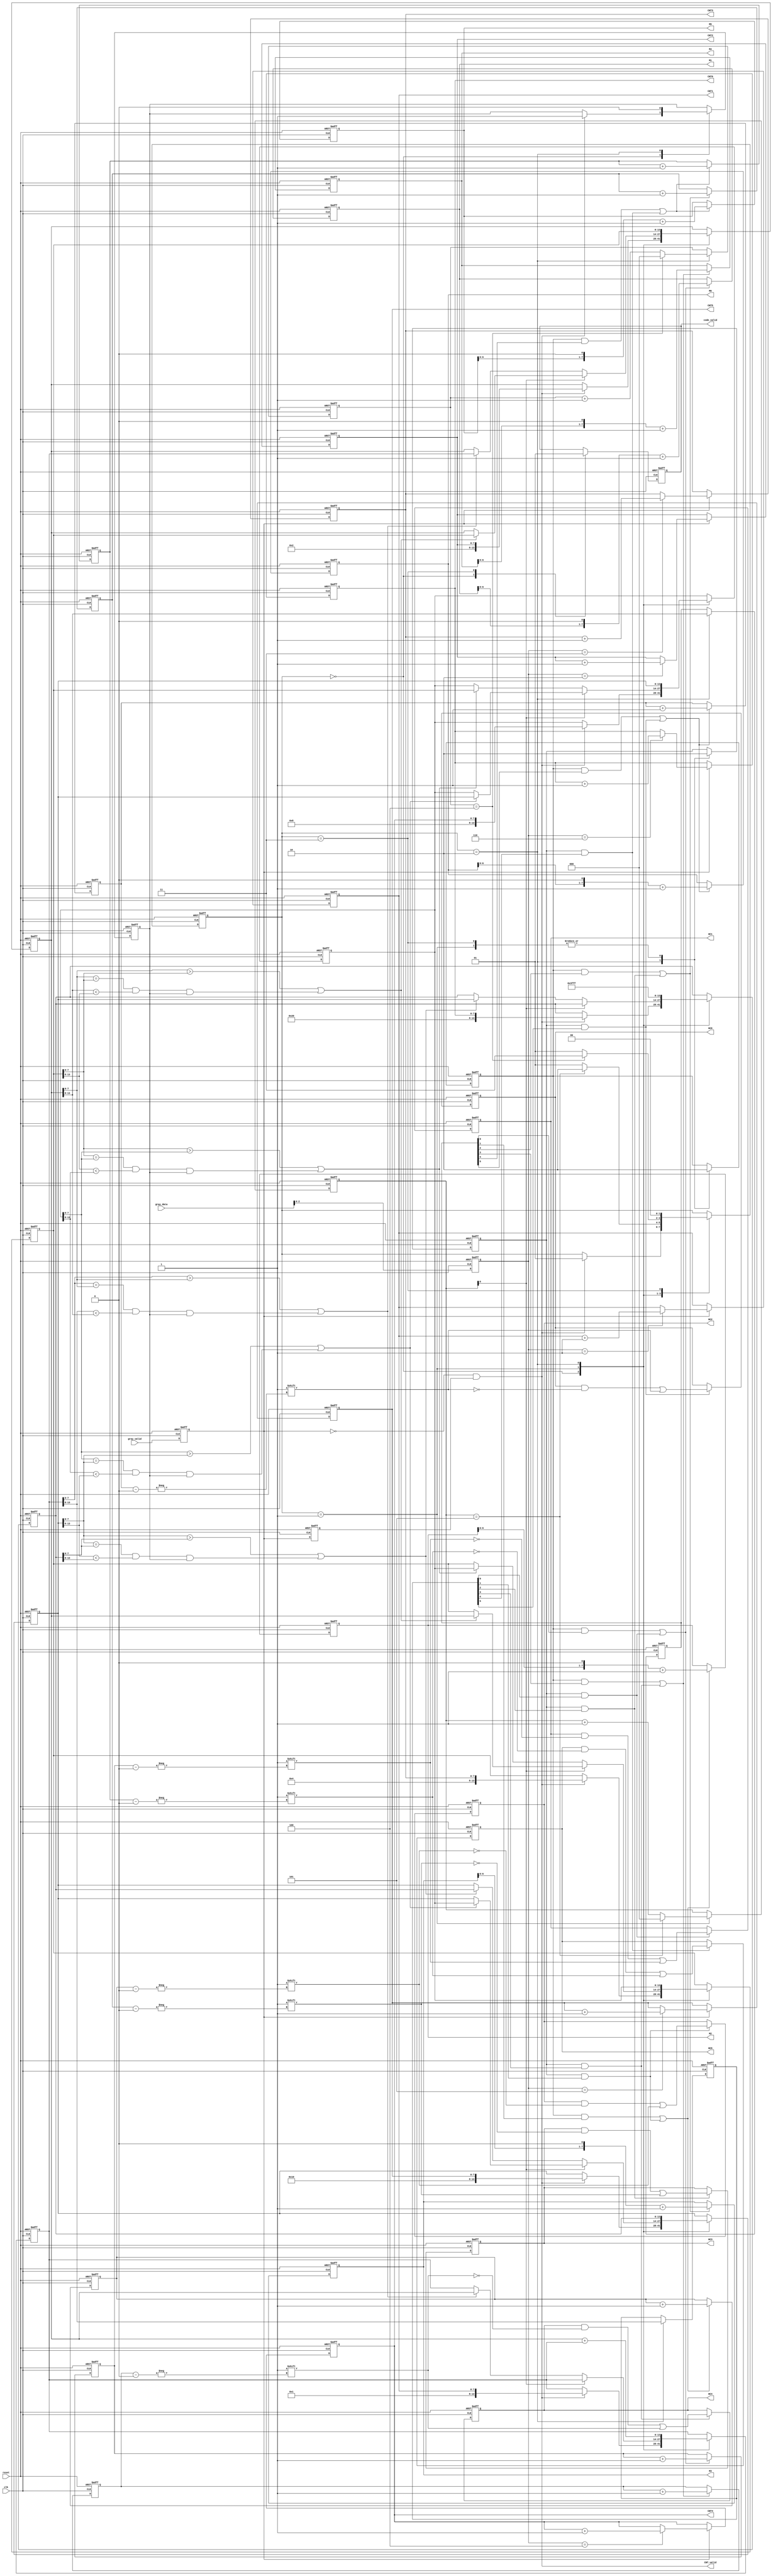
module huffman(clk, reset, gray_valid, gray_data , CNT_valid, CNT1, CNT2, CNT3, CNT4, CNT5, CNT6, code_valid, HC1, HC2, HC3, HC4, HC5, HC6 , M1, M2, M3, M4, M5, M6);

input clk;
input reset;
input gray_valid;
input [7:0] gray_data;
output CNT_valid;
output reg [7:0] CNT1, CNT2, CNT3, CNT4, CNT5, CNT6;
output reg code_valid;
output reg [7:0] HC1, HC2, HC3, HC4, HC5, HC6; 	// display A1~A6 huffman code
output reg [7:0] M1, M2, M3, M4, M5, M6; 		// only present how many valid bit for A1~A6

reg gray_valid_1T, gray_valid_2T;
reg [7:0] gray_data_1T;
reg [13:0] CNT1_temp, CNT2_temp, CNT3_temp, CNT4_temp, CNT5_temp, CNT6_temp;
reg [2:0] sort_con;

assign CNT_valid = ~gray_valid_1T & gray_valid_2T;

reg [2:0] comb_con;
reg first_sort;
reg hf_add_0_valid;
reg hf_add_1_valid;
reg [6:1] hf_add_0_data;
reg [6:1] hf_add_1_data;

reg [7:0] M1_sel;
reg [7:0] M2_sel;
reg [7:0] M3_sel;
reg [7:0] M4_sel;
reg [7:0] M5_sel;
reg [7:0] M6_sel;

reg [1:0] huffman_state;

always@(posedge clk, posedge reset)begin
	if(reset)begin
		gray_valid_1T <= 0;
		gray_valid_2T <= 0;
		gray_data_1T  <= 0;
	end else begin
		gray_valid_1T <= gray_valid;
		gray_valid_2T <= gray_valid_1T;
		gray_data_1T  <= gray_data;
	end
end

always@(posedge clk, posedge reset)begin
	if(reset)begin
		CNT1 <= 0;
		CNT2 <= 0;
		CNT3 <= 0;
		CNT4 <= 0;
		CNT5 <= 0;
		CNT6 <= 0;
	end else begin
		if(gray_valid_1T)begin
			case(gray_data_1T[2:0])
				3'd1: CNT1 <= CNT1 + 1;
				3'd2: CNT2 <= CNT2 + 1;
				3'd3: CNT3 <= CNT3 + 1;
				3'd4: CNT4 <= CNT4 + 1;
				3'd5: CNT5 <= CNT5 + 1;
				3'd6: CNT6 <= CNT6 + 1;
			endcase
		end
	end
end


always@(posedge clk, posedge reset)begin
	if(reset)begin
		CNT1_temp <= 0;
		CNT2_temp <= 0;
		CNT3_temp <= 0;
		CNT4_temp <= 0;
		CNT5_temp <= 0;
		CNT6_temp <= 0;
		sort_con  <= 0;
		comb_con  <= 0;
		code_valid <= 0;
		first_sort <= 0;
		huffman_state  <= 0;
		hf_add_0_valid <= 0;
		hf_add_1_valid <= 0;
		hf_add_0_data  <= 0;
		hf_add_1_data  <= 0;
	end else begin
		case(huffman_state)
			2'd0: begin
				if(CNT_valid)begin
					CNT1_temp  <= {6'b000001, CNT1};
					CNT2_temp  <= {6'b000010, CNT2};
					CNT3_temp  <= {6'b000100, CNT3};
					CNT4_temp  <= {6'b001000, CNT4};
					CNT5_temp  <= {6'b010000, CNT5};
					CNT6_temp  <= {6'b100000, CNT6};
					first_sort <= 1;
					huffman_state <= 2'd1;
				end
				code_valid <= 0;
			end
			2'd1: begin
				if(~sort_con[0])begin
					if( (CNT1_temp[7:0]>CNT2_temp[7:0]) | (CNT1_temp[7:0]==CNT2_temp[7:0] && CNT1_temp[13:8]<CNT2_temp[13:8] && first_sort) )begin
						CNT1_temp <= CNT2_temp;
						CNT2_temp <= CNT1_temp;
					end
					if( (CNT3_temp[7:0]>CNT4_temp[7:0]) | (CNT3_temp[7:0]==CNT4_temp[7:0] && CNT3_temp[13:8]<CNT4_temp[13:8] && first_sort) )begin
						CNT3_temp <= CNT4_temp;
						CNT4_temp <= CNT3_temp;
					end
					if( (CNT5_temp[7:0]>CNT6_temp[7:0]) | (CNT5_temp[7:0]==CNT6_temp[7:0] && CNT5_temp[13:8]<CNT6_temp[13:8] && first_sort) )begin
						CNT5_temp <= CNT6_temp;
						CNT6_temp <= CNT5_temp;
					end	
				end else begin
					if( (CNT2_temp[7:0]>CNT3_temp[7:0]) | (CNT2_temp[7:0]==CNT3_temp[7:0] && CNT2_temp[13:8]<CNT3_temp[13:8] && first_sort) )begin
						CNT2_temp <= CNT3_temp;
						CNT3_temp <= CNT2_temp;
					end
					if( (CNT4_temp[7:0]>CNT5_temp[7:0]) | (CNT4_temp[7:0]==CNT5_temp[7:0] && CNT4_temp[13:8]<CNT5_temp[13:8] && first_sort) )begin
						CNT4_temp <= CNT5_temp;
						CNT5_temp <= CNT4_temp;
					end
				end
				
				if(sort_con==5)begin
					sort_con <= 0;
					huffman_state <= 2'd2;
				end else begin
					sort_con <= sort_con + 1;
					huffman_state <= 2'd1;
				end
				
				hf_add_0_valid <= 0;
				hf_add_1_valid <= 0;
			end
			2'd2: begin
				first_sort <= 0;

				hf_add_0_valid <= 1;
				hf_add_1_valid <= 1;
				hf_add_0_data <= CNT2_temp[13:8];
				hf_add_1_data <= CNT1_temp[13:8];
				
				// update content
				CNT1_temp <= CNT2_temp + CNT1_temp;
				CNT2_temp <= CNT3_temp;
				CNT3_temp <= CNT4_temp;
				CNT4_temp <= CNT5_temp;
				CNT5_temp <= CNT6_temp;
				CNT6_temp <= 14'h3fff;
				
				if(comb_con == 4)begin
					comb_con <= 0;
					huffman_state <= 2'd3;
				end else begin
					comb_con <= comb_con + 1;
					huffman_state <= 2'd1;
				end
			end
			2'd3: begin
				code_valid     <= 1;
				hf_add_0_valid <= 0;
				hf_add_1_valid <= 0;
				huffman_state  <= 2'd0;
			end
		endcase
	end
end

// 
always@(posedge clk, posedge reset)begin
	if(reset)begin
		M1 <= 0; M2 <= 0; M3 <= 0; M4 <= 0; M5 <= 0; M6 <= 0;
		M1_sel <= 0; M2_sel <= 0; M3_sel <= 0; M4_sel<= 0; M5_sel <= 0; M6_sel <= 0;	
	end else begin
		if( (hf_add_0_valid & hf_add_0_data[1]) | (hf_add_1_valid & hf_add_1_data[1]) ) begin M1 <= (M1<<1) + 1; M1_sel <= M1_sel + 1; end
		if( (hf_add_0_valid & hf_add_0_data[2]) | (hf_add_1_valid & hf_add_1_data[2]) ) begin M2 <= (M2<<1) + 1; M2_sel <= M2_sel + 1; end
		if( (hf_add_0_valid & hf_add_0_data[3]) | (hf_add_1_valid & hf_add_1_data[3]) ) begin M3 <= (M3<<1) + 1; M3_sel <= M3_sel + 1; end
		if( (hf_add_0_valid & hf_add_0_data[4]) | (hf_add_1_valid & hf_add_1_data[4]) ) begin M4 <= (M4<<1) + 1; M4_sel <= M4_sel + 1; end
		if( (hf_add_0_valid & hf_add_0_data[5]) | (hf_add_1_valid & hf_add_1_data[5]) ) begin M5 <= (M5<<1) + 1; M5_sel <= M5_sel + 1; end
		if( (hf_add_0_valid & hf_add_0_data[6]) | (hf_add_1_valid & hf_add_1_data[6]) ) begin M6 <= (M6<<1) + 1; M6_sel <= M6_sel + 1; end
	end
end

//
always@(posedge clk, posedge reset)begin
	if(reset)begin
		HC1 <= 0; HC2 <= 0; HC3 <= 0; HC4 <= 0; HC5 <= 0; HC6 <= 0;
	end else begin
		if(hf_add_1_valid & hf_add_1_data[1]) HC1[M1_sel] <= 1;
		if(hf_add_1_valid & hf_add_1_data[2]) HC2[M2_sel] <= 1;
		if(hf_add_1_valid & hf_add_1_data[3]) HC3[M3_sel] <= 1;
		if(hf_add_1_valid & hf_add_1_data[4]) HC4[M4_sel] <= 1;
		if(hf_add_1_valid & hf_add_1_data[5]) HC5[M5_sel] <= 1;
		if(hf_add_1_valid & hf_add_1_data[6]) HC6[M6_sel] <= 1;
	end
end

endmodule